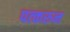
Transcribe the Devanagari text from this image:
पत्‍करुन